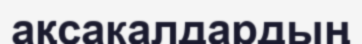
ақсакалдардың